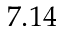
7 . 1 4